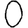
Digit: 0